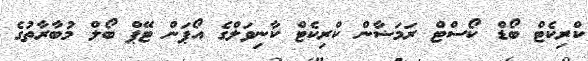
ކްރިކެޓް ބޯޑް ކޯސްޓް ރަމަޟާން ކްރިކެޓް ކާނިވަލްގެ އޯޕަން ޓޭޕް ބޯލް މުބާރާތުގެ